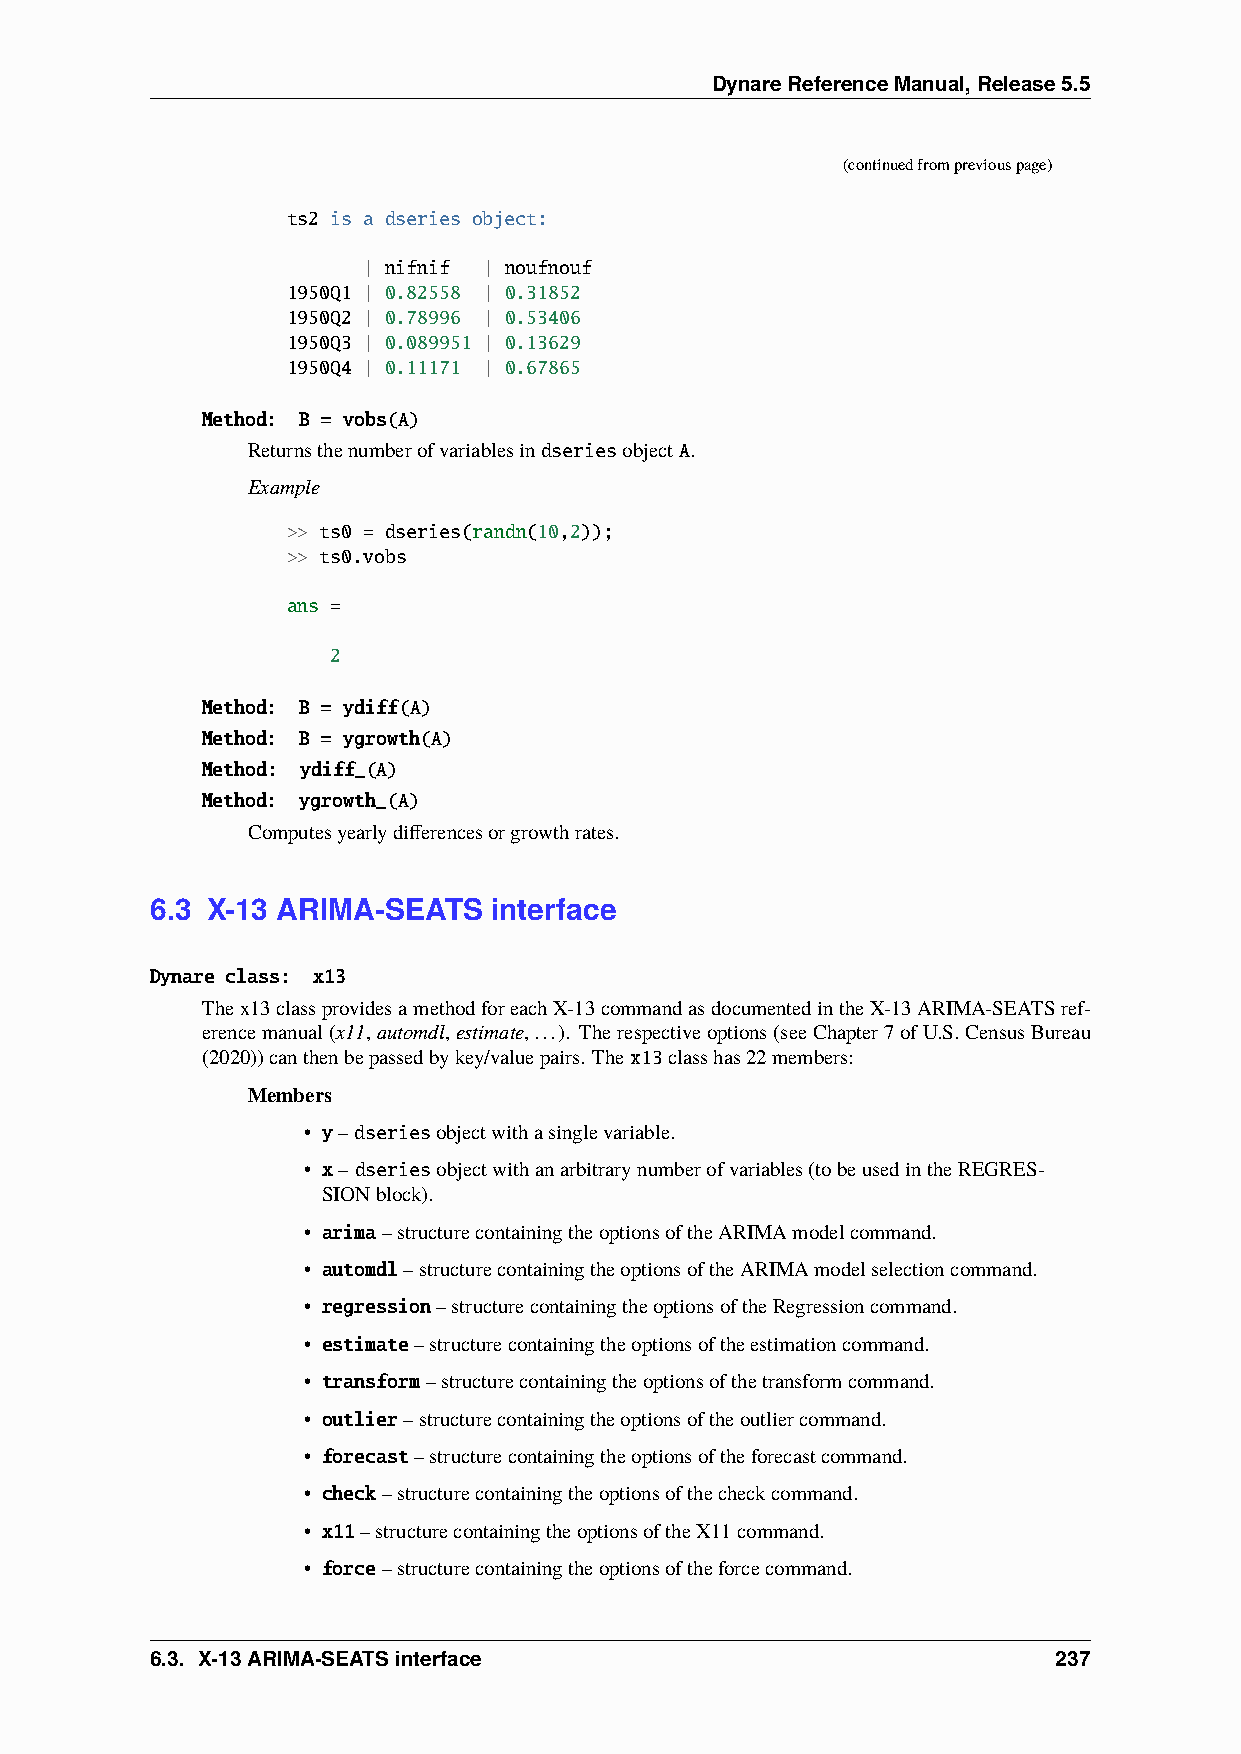
DynareReferenceManual,Release5.5
 (continuedfrompreviouspage)
 ts2 is a dseries object:
 | nifnif | noufnouf
 1950Q1 | 0.82558 | 0.31852
 1950Q2 | 0.78996 | 0.53406
 1950Q3 | 0.089951 | 0.13629
 1950Q4 | 0.11171 | 0.67865
 Method: B = vobs(A)
 ReturnsthenumberofvariablesindseriesobjectA.
 Example
 >> ts0 = dseries(randn(10,2));
 >> ts0.vobs
 ans =
 2
 Method: B = ydiff(A)
 Method: B = ygrowth(A)
 Method: ydiff_(A)
 Method: ygrowth_(A)
 Computesyearlydifferencesorgrowthrates.
 6.3 X-13 ARIMA-SEATS   interface
 Dynare class: x13
 Thex13classprovidesamethodforeachX-13commandasdocumentedintheX-13ARIMA-SEATSref-
 erencemanual(x11,automdl,estimate,...). Therespectiveoptions(seeChapter7ofU.S.CensusBureau
 (2020))canthenbepassedbykey/valuepairs. Thex13classhas22members:
 Members
 • y–dseriesobjectwithasinglevariable.
 • x–dseriesobjectwithanarbitrarynumberofvariables(tobeusedintheREGRES-
 SIONblock).
 • arima–structurecontainingtheoptionsoftheARIMAmodelcommand.
 • automdl–structurecontainingtheoptionsoftheARIMAmodelselectioncommand.
 • regression–structurecontainingtheoptionsoftheRegressioncommand.
 • estimate–structurecontainingtheoptionsoftheestimationcommand.
 • transform–structurecontainingtheoptionsofthetransformcommand.
 • outlier–structurecontainingtheoptionsoftheoutliercommand.
 • forecast–structurecontainingtheoptionsoftheforecastcommand.
 • check–structurecontainingtheoptionsofthecheckcommand.
 • x11–structurecontainingtheoptionsoftheX11command.
 • force–structurecontainingtheoptionsoftheforcecommand.
 6.3. X-13ARIMA-SEATSinterface                               237